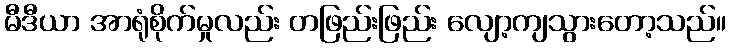
မီဒီယာ အာရုံစိုက်မှုလည်း တဖြည်းဖြည်း လျော့ကျသွားတော့သည်။